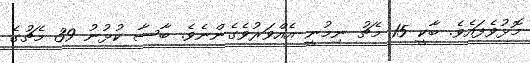
މޮޅުވެފައެވެ. ބާކީ 15 މެޗު ނިމުނީ އެއްވަރުވެގެންނެވެ. ބާސާ ކުޅުނު 39 މެޗުގެ